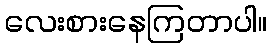
လေးစားနေကြတာပါ။